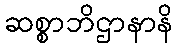
ဆစ္စာဘိဌာနာနိ